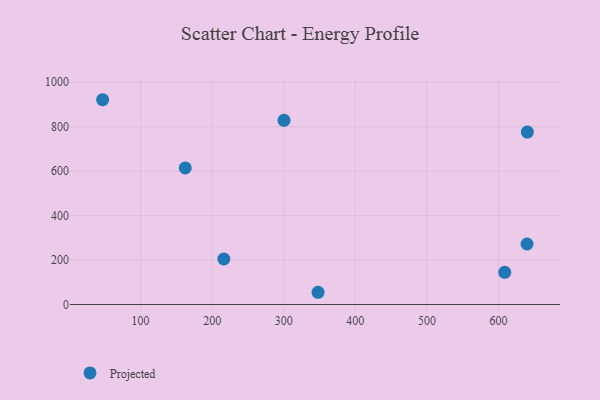
{"axis": {"x": "Speed", "y": "Exam Score"}, "legend": ["Projected"], "data": [{"x": "640.3", "y": 775.7, "type": "Projected"}, {"x": "47.0", "y": 921.3, "type": "Projected"}, {"x": "347.9", "y": 55.0, "type": "Projected"}, {"x": "639.8", "y": 272.2, "type": "Projected"}, {"x": "216.3", "y": 204.8, "type": "Projected"}, {"x": "162.4", "y": 614.4, "type": "Projected"}, {"x": "608.7", "y": 144.7, "type": "Projected"}, {"x": "300.4", "y": 828.5, "type": "Projected"}]}